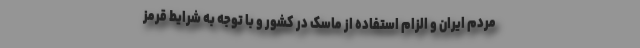
مردم ایران و الزام استفاده از ماسک در کشور و با توجه به شرایط قرمز